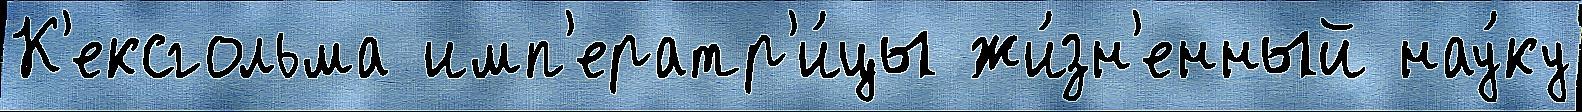
К'ексгольма имп'ератр'и́цы жи́зн'енный нау́ку